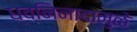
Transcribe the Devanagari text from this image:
ध्वनिनादामुळे